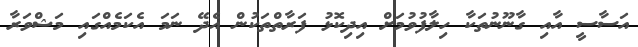
އަސާސީ އާއި ގާނޫނުތަކާ ހިލާފުވުމަށް އިދިކޮޅު ފަރާތްތަކުން އެދޭ ނަމަ އެކަމެއްގައި މަޝްވަރާ